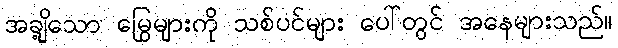
အချို့သော မြွေများကို သစ်ပင်များ ပေါ်တွင် အနေများသည်။